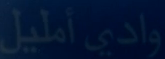
واديًأمليل